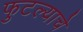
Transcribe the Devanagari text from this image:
फुटल्याचे